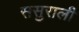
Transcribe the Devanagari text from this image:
ससुराली